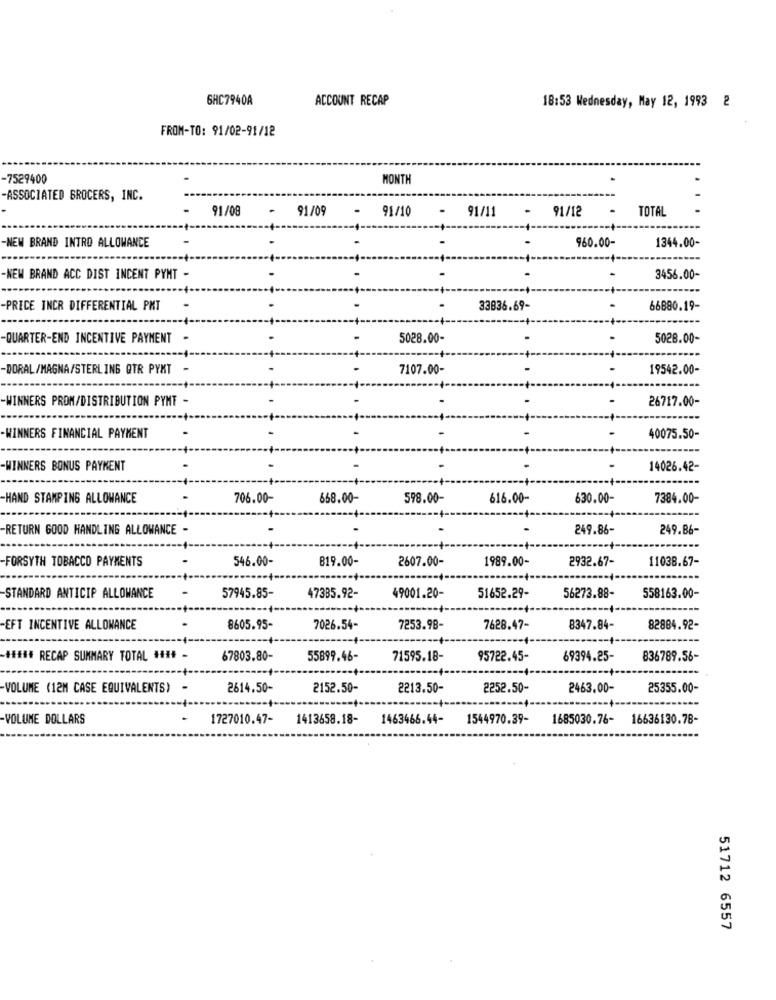
6HC7940A
ACCOUNT RECAP
18:53 Wednesday, May 12, 1993 2
FROM-TO: 91/02-91/12
-7529400
MONTH
-ASSOCIATED GROCERS, INC.
91/08
-
91/09
.
91/10
.
91/1
91/12
TOTAL
-NEW BRAND INTRO ALLOWANCE
960.00-
1344.00-
-
-NEW BRAND ACC DIST INCENT PYNT -
-
3456.00-
-PRICE INCR DIFFERENTIAL PMT
.
-
33836.69-
66880.19-
-QUARTER-END INCENTIVE PAYMENT -
-
5028.00-
5028.00-
-DORAL /MAGNA/STERLING QTR PYKT -
7107.00-
-
19542.00-
-WINNERS PRON/DISTRIBUTION PYNT -
26717.00-
-- +
----
-WINNERS FINANCIAL PAYMENT
.
40075.50-
-WINNERS BONUS PAYMENT
-
14026.42-
-HAND STAMPING ALLOWANCE
706.00-
668.00-
598.00-
616.00-
630.00-
7384.00-
·4-
RETURN GOOD HANDLING ALLOWANCE -
249.86-
249.86-
FORSYTH TOBACCO PAYMENTS
546.00-
B19.00-
2607.00-
1989.00-
2932.67-
11038.67-
STANDARD ANTICIP ALLOWANCE
57945.85-
47385.92-
49001.20-
51652.29-
56273.88-
558163.00-
EFT INCENTIVE ALLOWANCE
8605.95-
7026.54-
7253.98-
7628.47-
8347.84-
82884.92-
-##### RECAP SUMMARY TOTAL ### -
67803.80-
55899.46-
71595.18-
95722.45-
69394.25-
836789.56-
VOLUME (12M CASE EQUIVALENTS) -
2614.50-
2152.50-
2213.50-
2252.50-
2463.00-
25355.00-
--- +-
-VOLUME DOLLARS
1727010.47-
1413658.18-
1463466.44-
1544970.39-
1685030.76- 16636130.78-
51712 6557